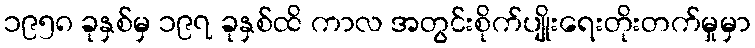
၁၉၅၈ ခုနှစ်မှ ၁၉၇ ခုနှစ်ထိ ကာလ အတွင်းစိုက်ပျိုးရေးတိုးတက်မှုမှာ